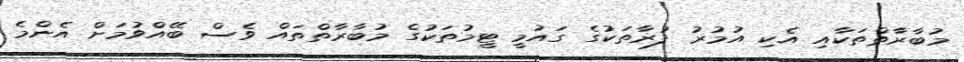
މުބާރާތްތަކާއި އެކި އުމުރު ފުރާތަކުގެ ގައުމީ ޓީމުތަކުގެ މުބާރާތްތައް ވެސް ބޭއްވުމަށް އެންމެ